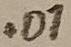
Text: .01